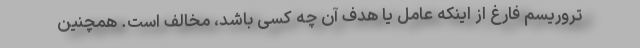
تروریسم فارغ از اینکه عامل یا هدف آن چه کسی باشد، مخالف است. همچنین